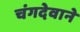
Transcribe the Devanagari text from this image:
चंगदेवाने